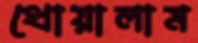
ধোয়ালাম